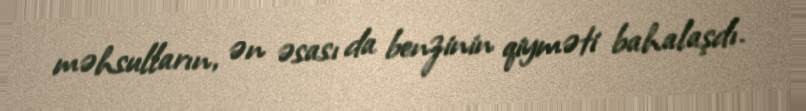
məhsulların, ən əsası da benzinin qiyməti bahalaşdı.